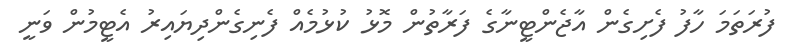
ފުރަތަމަ ހާފު ފެށިގެން އާޖެންޓީނާގެ ފަރާތުން މޮޅު ކުޅުމެއް ފެނިގެންދިޔައިރު އެޓީމުން ވަނީ